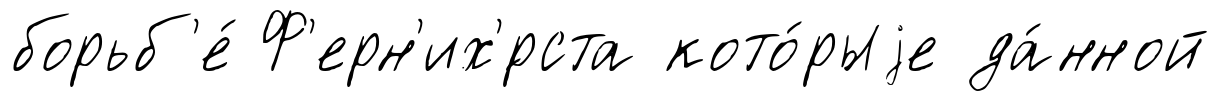
борьб'е́ Ф'ерн'их'́рста кото́рыjе да́нной